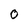
Character: 0